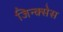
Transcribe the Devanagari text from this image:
जिन्क्सेस